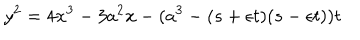
y ^ { 2 } = 4 x ^ { 3 } - 3 a ^ { 2 } x - ( a ^ { 3 } - ( s + \epsilon t ) ( s - \epsilon t ) ) t